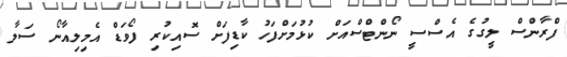
ފްރާންސް ލީގުގެ އެސްސީ ނޯންޓްސްއަށް ކުޅުމަށްފަހު ކާޑިފަށް ސޮއިކުރި ފޯވަޑް އެމިލިއާނޯ ސަލާ